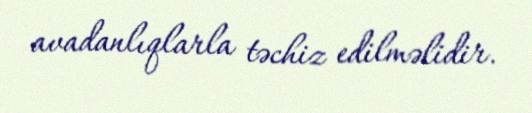
avadanlıqlarla təchiz edilməlidir.